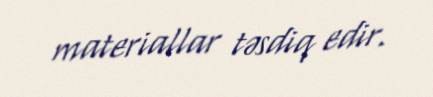
materiallar təsdiq edir.